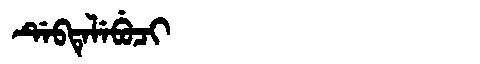
Manchu: ᡩᡝᠪᡨᡝᠯᡝᠪᡠᠴᡳ
Romanization: DEBTELEBUCI